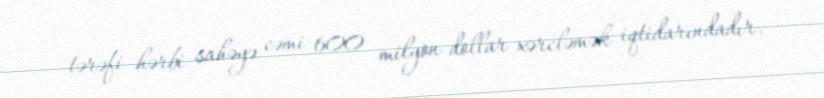
tərəfi hərbi sahəyə cəmi 600 milyon dollar xərcləmək iqtidarındadır.